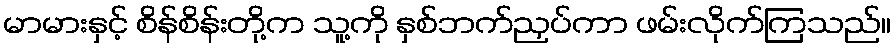
မာမားနှင့် စိန်စိန်းတို့က သူ့ကို နှစ်ဘက်ညှပ်ကာ ဖမ်းလိုက်ကြသည်။